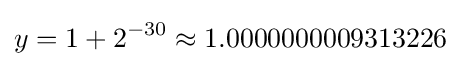
y=1+2^{-30}\approx 1.0000000009313226